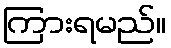
ကြားရမည်။